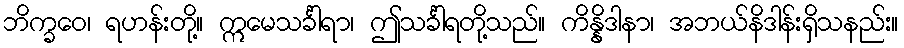
ဘိက္ခဝေ၊ ရဟန်းတို့။ ဣမေသင်္ခါရာ၊ ဤသင်္ခါရတို့သည်။ ကိန္နိဒါနာ၊ အဘယ်နိဒါန်းရှိသနည်း။